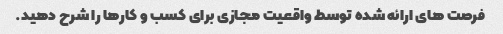
فرصت های ارائه شده توسط واقعیت مجازی برای کسب و کارها را شرح دهید.